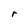
Character: r